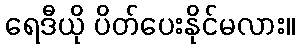
ရေဒီယို ပိတ်ပေးနိုင်မလား။